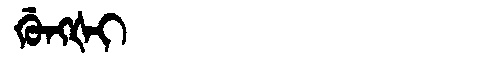
Manchu: ᡤᡠᠩᡧᡳ
Romanization: GUNGŠI